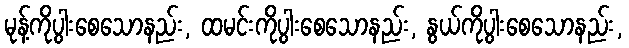
မုန့်ကိုပွါးစေသောနည်း, ထမင်းကိုပွါးစေသောနည်း, နွယ်ကိုပွါးစေသောနည်း,